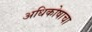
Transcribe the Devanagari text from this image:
अधिकोषाचा